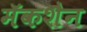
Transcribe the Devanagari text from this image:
मॅकशैन